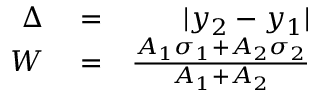
\begin{array} { r l r } { \Delta } & { { } = } & { | y _ { 2 } - y _ { 1 } | } \\ { W } & { { } = } & { \frac { A _ { 1 } \sigma _ { 1 } + A _ { 2 } \sigma _ { 2 } } { A _ { 1 } + A _ { 2 } } } \end{array}